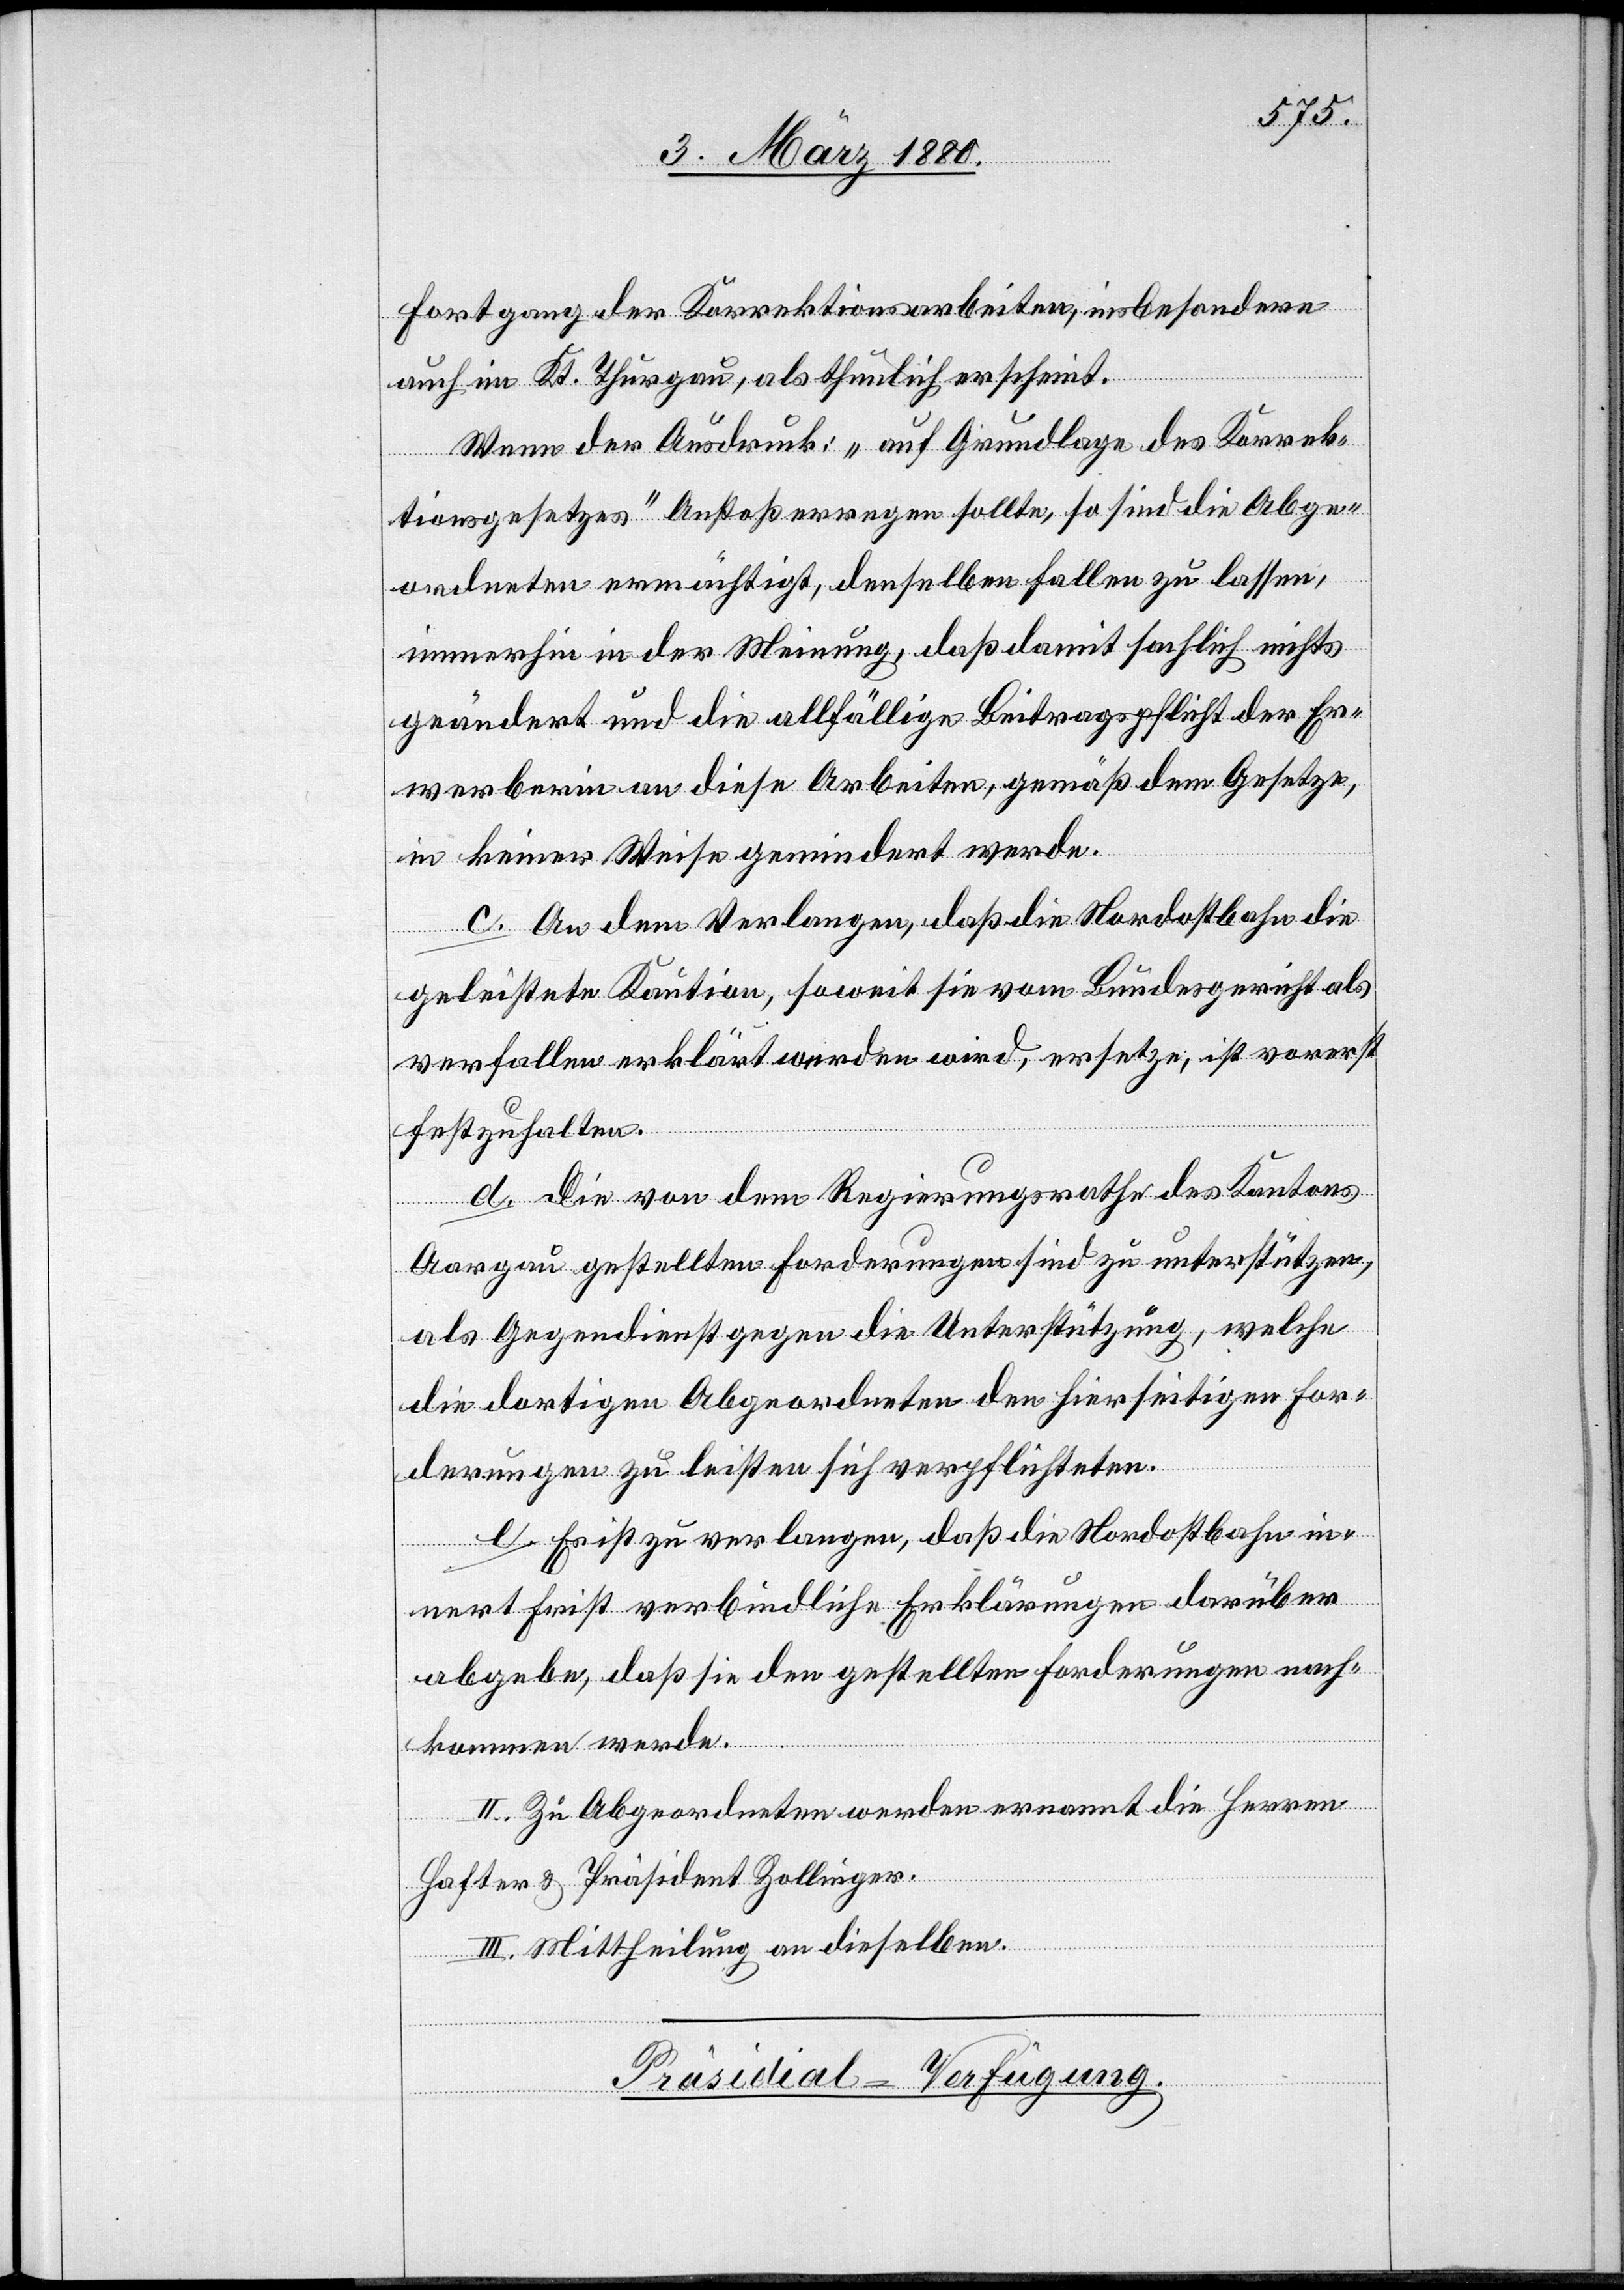
Fortgang der Korrektionsarbeiten, insbesondere
auch im Kt. Thurgau, als thunlich erscheint.
Wenn der Ausdruck: „auf Grundlage des Korrek¬
tionsgesetzes“ Anstoß erregen sollte, so sind die Abge¬
ordneten ermächtigt, denselben fallen zu lassen,
immerhin in der Meinung, daß damit sachlich nichts
geändert und die allfällige Beitragspflicht der Er¬
werberin an diese Arbeiten, gemäß dem Gesetze,
in keiner Weise gemindert werde.
c. An dem Verlangen, daß die Nordostbahn die
geleistete Kaution, soweit sie vom Bundesgericht als
verfallen erklärt werden wird [sic!], ersetze, ist vorerst
festzuhalten.
d. Die von dem Regierungsrathe des Kantons
Aargau gestellten Forderungen sind zu unterstützen,
als Gegendienst gegen die Unterstützung, welche
die dortigen Abgeordneten den hierseitigen For¬
derungen zu leisten sich verpflichten.
e. Es ist zu verlangen, daß die Nordostbahn in¬
nert Frist verbindliche Erklärungen darüber
abgebe, daß sie den gestellten Forderungen nach¬
kommen werde.
II. Zu Abgeordneten werden ernannt die Herren
Hafter & Präsident Zollinger.
III. Mittheilung an dieselben.
Präsidial-Verfügung.